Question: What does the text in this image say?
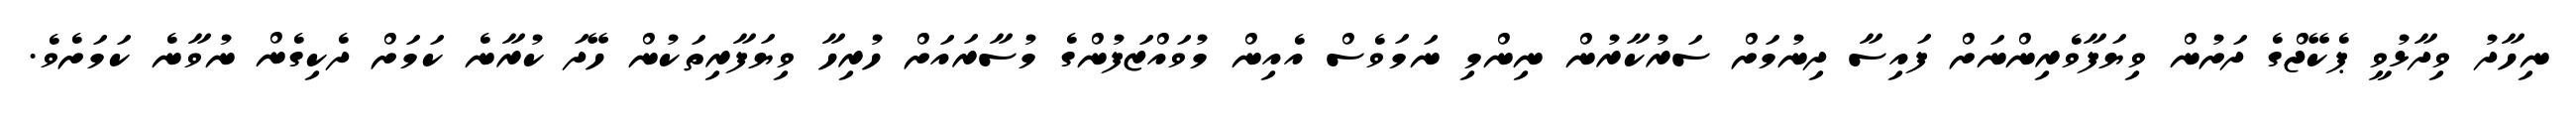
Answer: ނިހާދު ވިދާޅުވީ ޕެކޭޖްގެ ދަށުން ވިޔަފާވެރިންނަށް ފައިސާ ދިނުމަށް ސަރުކާރުން ނިންމި ނަމަވެސް އެއިން މުވައްޒަފުންގެ މުސާރައަށް ހުރިހާ ވިޔަފާރިތަކުން ހޭދަ ކުރާނެ ކަމަށް ދެކިގެން ނުވާނެ ކަމަށެވެ.